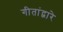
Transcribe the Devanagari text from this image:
गीतांद्वारे